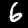
Digit: 6